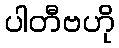
ပါတီဗဟို